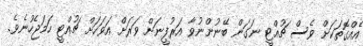
އެއްގޮތަކަށް ވެސް ޗުއްޓީ ނަގަން ބޭނުންނުވާ އަރުފީނަށް ވަރަށް އަވަހަށް ޗުއްޓީ ހަމަޖެހުނެވެ.